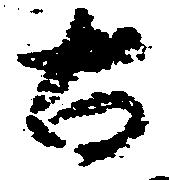
古